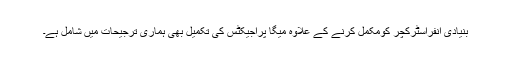
بنیادی انفراسٹرکچر کومکمل کرنے کے علاوہ میگا پراجیکٹس کی تکمیل بھی ہماری ترجیحات میں شامل ہے۔